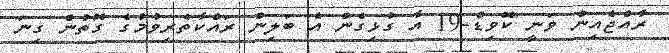
ރާއްޖެއިން ވަނީ ކޮވިޑް-19 އާ ގުޅިގެން އެ ބަލިން ރައްކާތެރިވުމުގެ ގޮތުން ގިނަ